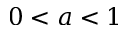
0 < a < 1